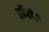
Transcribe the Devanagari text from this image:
स्कॅबीई